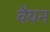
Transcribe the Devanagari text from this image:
वैयन